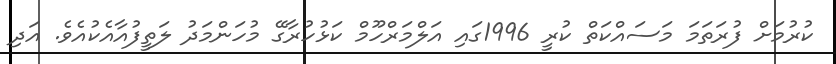
ކުރުމަށް ފުރަތަމަ މަސައްކަތް ކުރީ 1996ގައި އަލްމަރްހޫމް ކަޅުހުރާގޭ މުހަންމަދު ލަތީފުއާއެކުއެވެ. އަދި